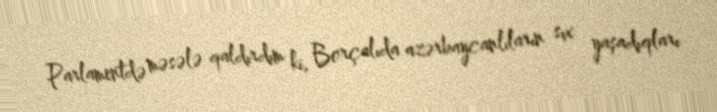
Parlamentdə məsələ qaldırdım ki, Borçalıda azərbaycanlıların sıx yaşadıqları